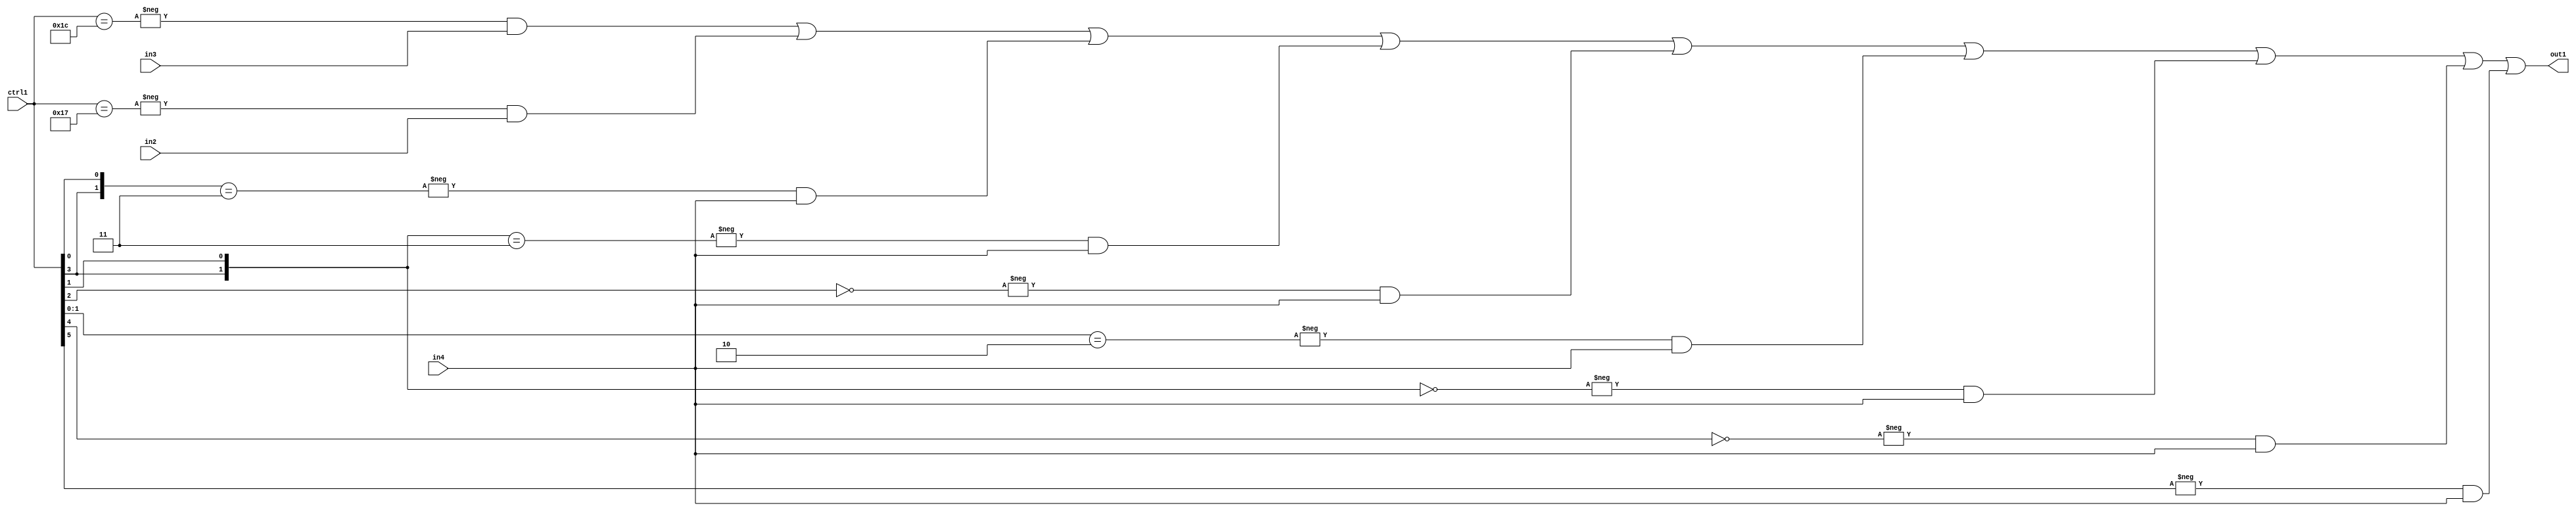
`timescale 1ps / 1ps
/*****************************************************************************
    Verilog RTL Description
    
    
    Created by: Stratus DpOpt 21.05.01 
*******************************************************************************/

module SobelFilter_N_Mux_32_3_98_4 (
	in4,
	in3,
	in2,
	ctrl1,
	out1
	); /* architecture "behavioural" */ 
input [31:0] in4;
input [8:0] in3,
	in2;
input [5:0] ctrl1;
output [31:0] out1;
wire [31:0] asc001;

assign asc001 = 
	-{ctrl1 == 6'B011100} & in3 |
	-{ctrl1 == 6'B010111} & in2 |
	-{{ctrl1[3], ctrl1[0]} == 2'B11} & in4 |
	-{{ctrl1[3], ctrl1[1]} == 2'B11} & in4 |
	-{ctrl1[2] == 1'B0} & in4 |
	-{ctrl1[1:0] == 2'B10} & in4 |
	-{{ctrl1[3], ctrl1[1]} == 2'B00} & in4 |
	-{ctrl1[4] == 1'B0} & in4 |
	-{ctrl1[5] == 1'B1} & in4 ;

assign out1 = asc001;
endmodule

/* CADENCE  vrXxSgE= : u9/ySxbfrwZIxEzHVQQV8Q== ** DO NOT EDIT THIS LINE ******/